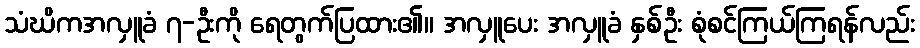
သံဃိကအလှူခံ ၇-ဦးကို ရေတွက်ပြထား၏။ အလှူပေး အလှူခံ နှစ်ဦး စုံစင်ကြယ်ကြရန်လည်း